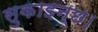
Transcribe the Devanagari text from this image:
सुकाइन्छ।